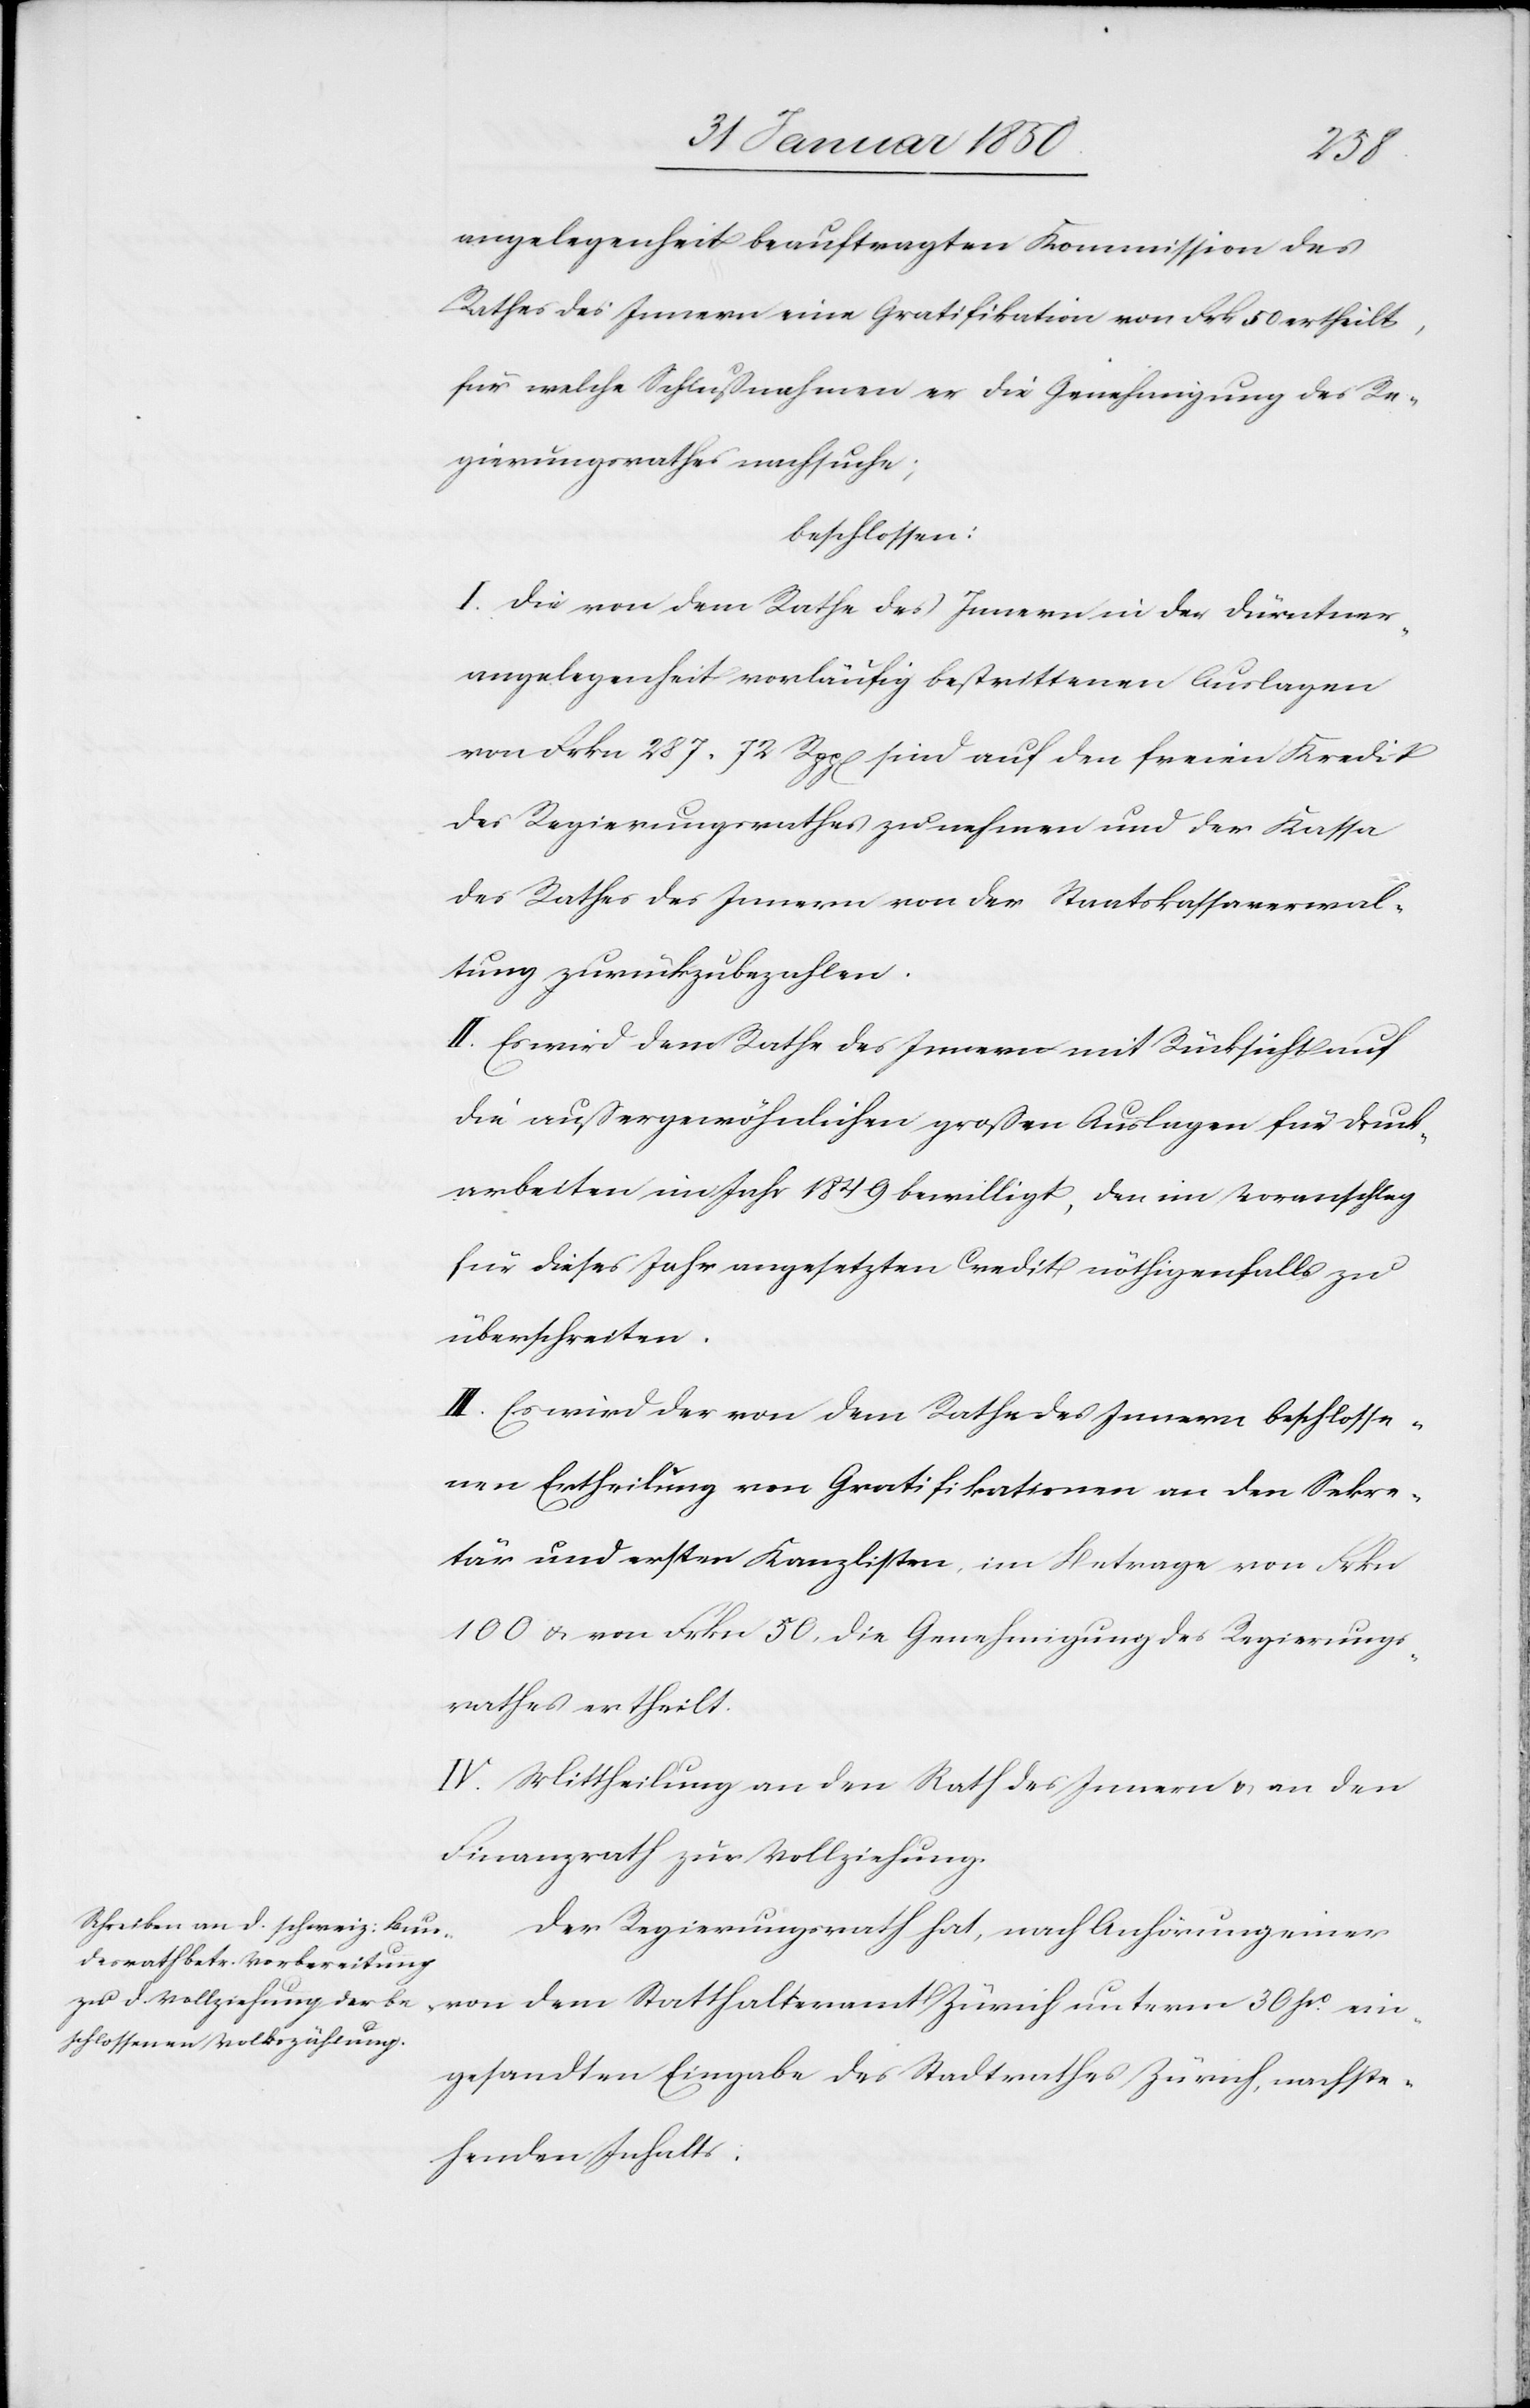
angelegenheit beauftragten Kommission des
Rathes des Innern eine Gratifikation von Frk 50 ertheilt,
für welche Schlußnahmen er die Genehmigung des Re¬
gierungsrathes nachsuche;
beschlossen:
I. Die von dem Rathe des Innern in der Dürntner¬
angelegenheit vorläufig bestrittenen Auslagen
von Frkn 287. 72 Rpp[en] sind auf den freien Kredit
des Regierungsrathes zu nehmen und der Kassa
des Rathes des Innern von der Staatskassaverwal¬
tung zurückzubezahlen.
II. Es wird dem Rathe des Innern mit Rücksicht auf
die außergewöhnlichen großen Auslagen für Druck¬
arbeiten im Jahr 1849 bewilligt, den im Voranschlag
für dieses Jahr angesetzten Credit nöthigenfalls zu
überschreiten.
III. Es wird der von dem Rathe des Innern beschlosse¬
nen Ertheilung von Gratifikationen an den Sekre¬
tär und ersten Kanzlisten, im Betrage von Frkn
100 u. von Frkn 50, die Genehmigung des Regierungs¬
rathes ertheilt.
IV. Mittheilung an den Rath des Innern u. an den
Finanzrath zur Vollziehung.
Der Regierungsrath hat, nach Anhörung einer
von dem Statthalteramt Zürich unterm 30 po. ein¬
gesandten Eingabe des Stadtrathes Zürich, nachste¬
henden Inhalts: